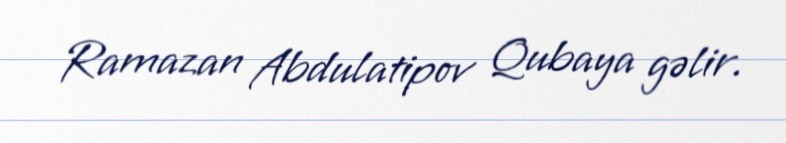
Ramazan Abdulatipov Qubaya gəlir.